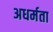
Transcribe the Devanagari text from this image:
अधर्मता